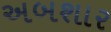
અબશાર